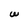
Character: W